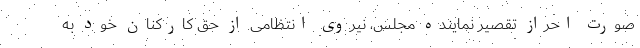
صورت احراز تقصیر نماینده مجلس، نیروی انتظامی از حق کارکنان خود به